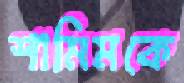
শামিমকে